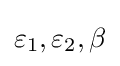
\varepsilon _{1},\varepsilon _{2},\beta